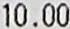
10.00